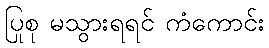
ပြုစု မသွားရရင် ကံကောင်း